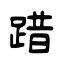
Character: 踖